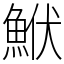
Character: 鮲